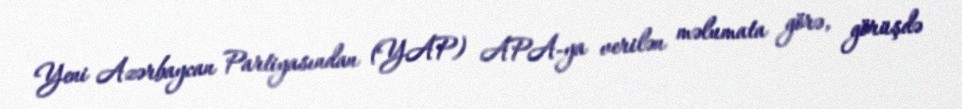
Yeni Azərbaycan Partiyasından (YAP) APA-ya verilən məlumata görə, görüşdə